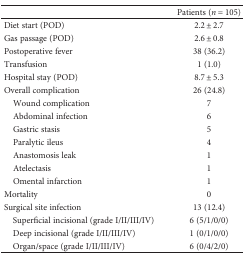
<table><thead><tr><td></td><td><b>Patients (<i>n</i> = 105)</b></td></tr></thead><tbody><tr><td>Diet start (POD)</td><td>2.2 ± 2.7</td></tr><tr><td>Gas passage (POD)</td><td>2.6 ± 0.8</td></tr><tr><td>Postoperative fever</td><td>38 (36.2)</td></tr><tr><td>Transfusion</td><td>1 (1.0)</td></tr><tr><td>Hospital stay (POD)</td><td>8.7 ± 5.3</td></tr><tr><td>Overall complication</td><td>26 (24.8)</td></tr><tr><td> Wound complication</td><td>7</td></tr><tr><td> Abdominal infection</td><td>6</td></tr><tr><td> Gastric stasis</td><td>5</td></tr><tr><td> Paralytic ileus</td><td>4</td></tr><tr><td> Anastomosis leak</td><td>1</td></tr><tr><td> Atelectasis</td><td>1</td></tr><tr><td> Omental infarction</td><td>1</td></tr><tr><td>Mortality</td><td>0</td></tr><tr><td>Surgical site infection</td><td>13 (12.4)</td></tr><tr><td> Superficial incisional (grade I/II/III/IV)</td><td>6 (5/1/0/0)</td></tr><tr><td> Deep incisional (grade I/II/III/IV)</td><td>1 (0/1/0/0)</td></tr><tr><td> Organ/space (grade I/II/III/IV)</td><td>6 (0/4/2/0)</td></tr></tbody></table>